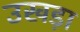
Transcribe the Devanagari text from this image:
उखड़ा